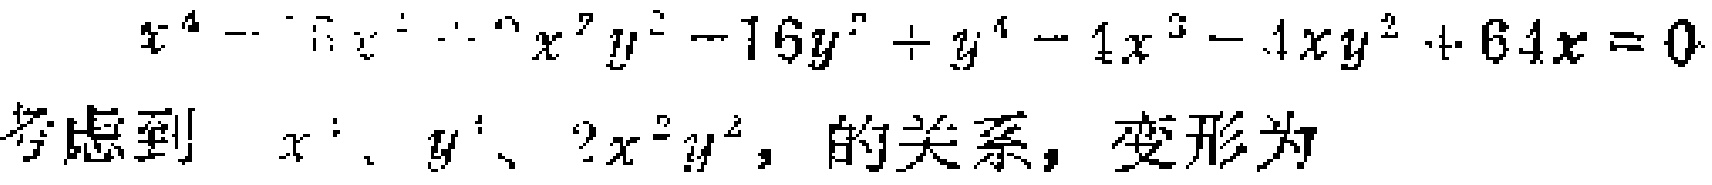
\(x^{4}-6x^{2}+x^{2}y^{2}-16y^{2}+y^{4}-4x^{3}-4xy^{2}+64x = 0\)

考虑到 \(x^{2}、y^{2}、2x^{2}y^{2}\) 的关系，变形为